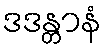
ဒဒန္တာနံ